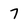
Character: 7